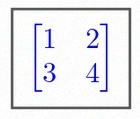
\begin{bmatrix}1&2\\3&4\end{bmatrix}